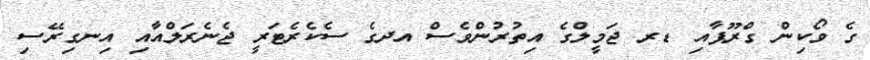
ގެ ވޯކިން ގްރޫޕާއި ޑރ ޖަމީލްގެ އިތުރުންވެސް އދގެ ސެކެރެޓަރީ ޖެނެރަލްއާއި އިނގިރޭސި